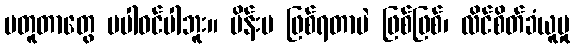
မတူတာတွေ မပါဝင်ပါဘူး။ မိန်းမ ဖြစ်ရတာပဲ ဖြစ်ဖြစ်၊ လိင်စိတ်ခံယူမှု